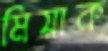
মিয়াক